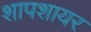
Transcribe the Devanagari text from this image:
शापशायर